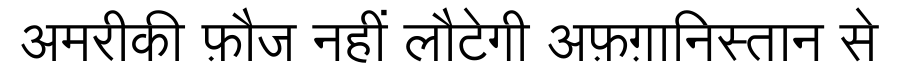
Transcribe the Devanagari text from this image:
अमरीकी फ़ौज नहीं लौटेेगी अफ़ग़ानिस्तान से